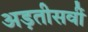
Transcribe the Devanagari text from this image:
अड़तीसवीं